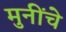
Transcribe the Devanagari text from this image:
मुनींचे